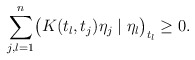
\begin{align*}\sum_{j,l=1}^n\bigl(K(t_l,t_j)\eta_j\mid \eta_l\bigr)_{t_l}\ge0.\end{align*}